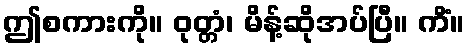
ဤစကားကို။ ဝုတ္တံ၊ မိန့်ဆိုအပ်ပြီ။ ကိံ။